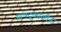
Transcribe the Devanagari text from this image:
आपद्कालीन